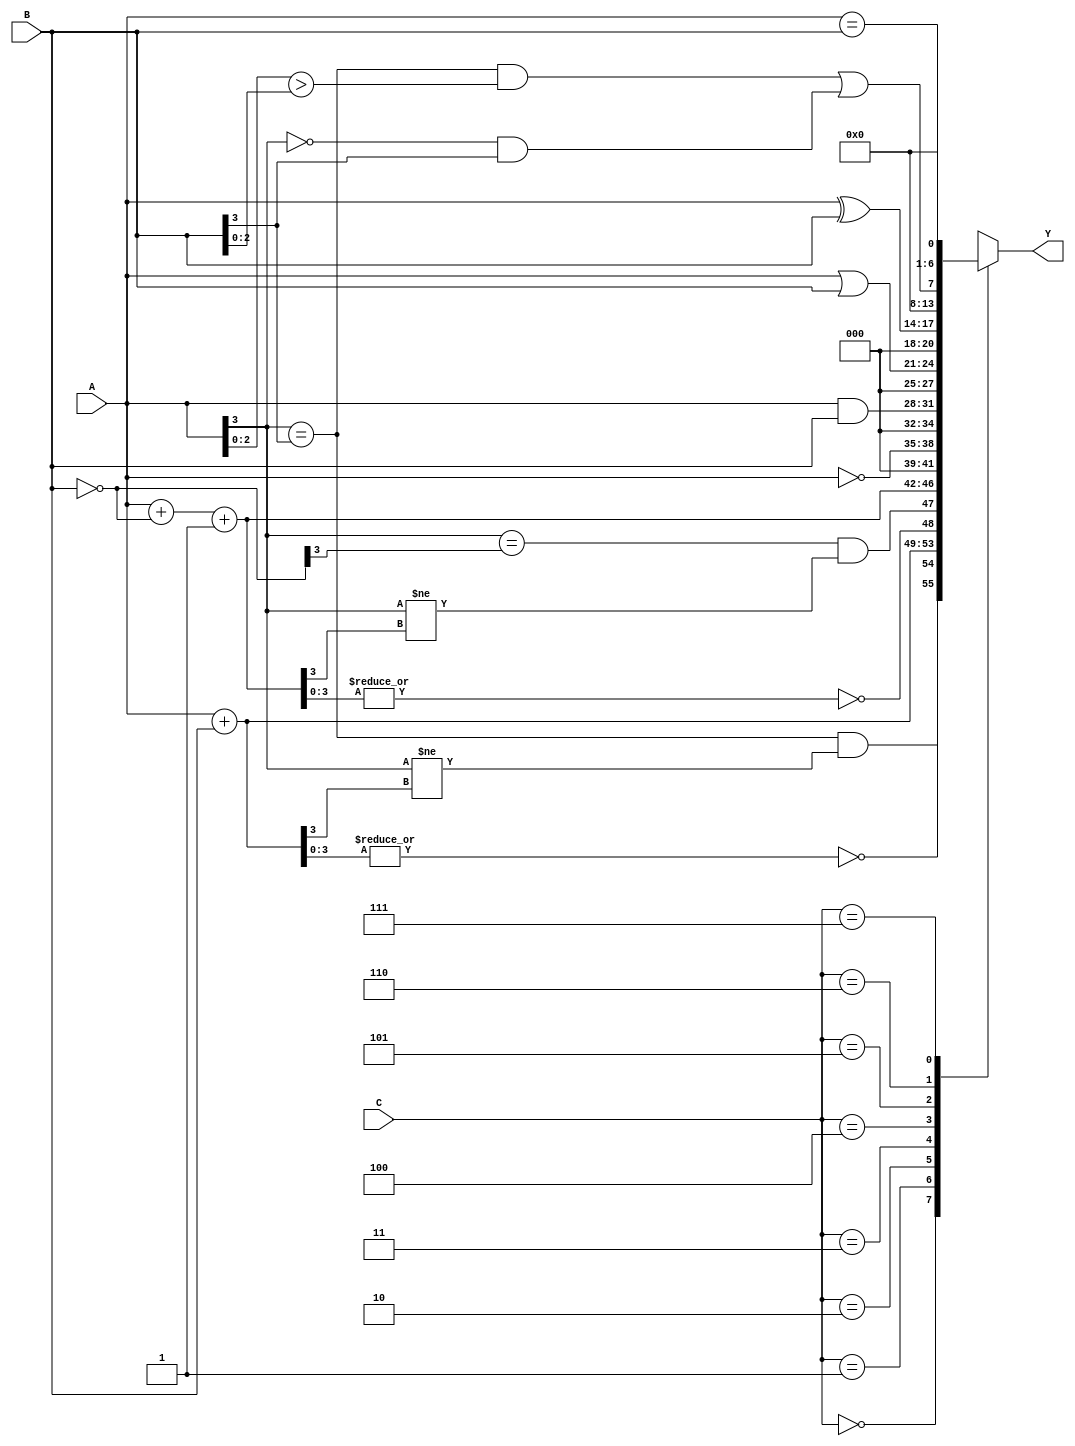
module ALU_logical(A, B, C, Y);
	input [3:0] A, B;
	input [2:0] C;
	output reg [6:0] Y;
	wire [3:0] t_no_Cin;
	wire [6:0] result0, result1, result2, result3,
			result4, result5, result6, result7;
	
	assign result0[4:0] = A + B;
	assign result0[5] = (A[3] == B[3]) 
	            && (A[3] != result0[3]); // overflow
	assign result0[6] = ~(| result0[3:0]); // zero 
	
	assign t_no_Cin = ~B;
	assign result1[4:0] = A + t_no_Cin + 1; // {carry, result}
	assign result1[5] = (A[3] == t_no_Cin[3]) 
	            && (A[3] != result1[3]); // overflow
	assign result1[6] = ~(| result1[3:0]); // zero 
	
	assign result2[6:4] = 3'b0;
	assign result3[6:4] = 3'b0;
	assign result4[6:4] = 3'b0;
	assign result5[6:4] = 3'b0;
	assign result6[6:1] = 6'b0;
	assign result7[6:1] = 6'b0;
	
	assign result2[3:0] = ~A;
	assign result3[3:0] = A & B;
	assign result4[3:0] = A | B;
	assign result5[3:0] = A ^ B;
	assign result6[0] = (A[3] == B[3] && A[2:0] > B[2:0]) 
		|| (A[3] == 0) && (B[3] == 1); // A > B
	assign result7[0] = (A == B);
	
	always @ (*)
		case (C)
			3'd0 : Y = result0;
			3'd1 : Y = result1;
			3'd2 : Y = result2;
			3'd3 : Y = result3;
			3'd4 : Y = result4;
			3'd5 : Y = result5;
			3'd6 : Y = result6;
			3'd7 : Y = result7;
		default: Y = 7'bx;
		endcase
		
endmodule